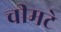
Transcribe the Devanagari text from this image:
चीमटे